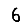
Digit: 6